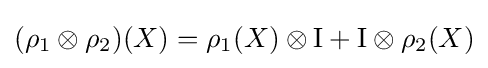
(\rho _{1}\otimes \rho _{2})(X)=\rho _{1}(X)\otimes \mathrm {I} +\mathrm {I} \otimes \rho _{2}(X)